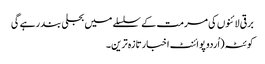
برقی لائنوں کی مرمت کے سلسلے میں بجلی بند رہے گی
کوئٹہ(اُردو پوائنٹ اخبارتازہ ترین۔